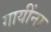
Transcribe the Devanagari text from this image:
गायींना